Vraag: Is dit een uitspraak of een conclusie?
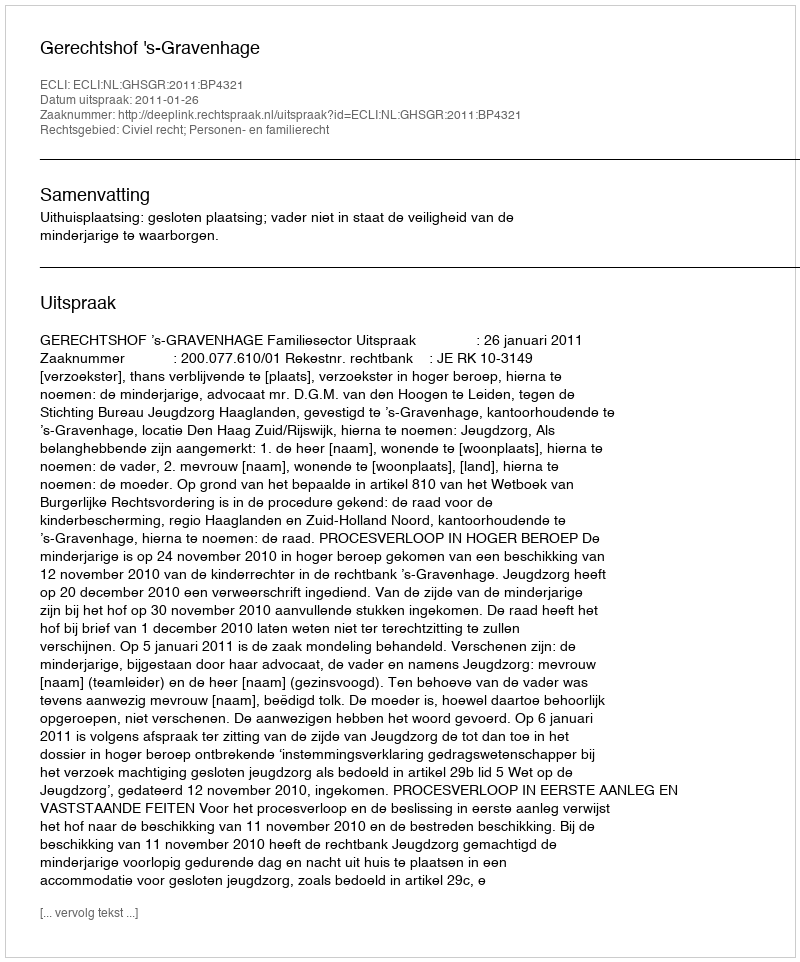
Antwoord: Uitspraak